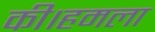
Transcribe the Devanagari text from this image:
की।हमला